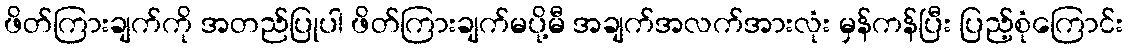
ဖိတ်ကြားချက်ကို အတည်ပြုပါ ဖိတ်ကြားချက်မပို့မီ အချက်အလက်အားလုံး မှန်ကန်ပြီး ပြည့်စုံကြောင်း